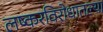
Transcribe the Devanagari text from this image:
लष्करविरोधातल्या